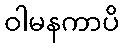
ဝါမနကာပိ